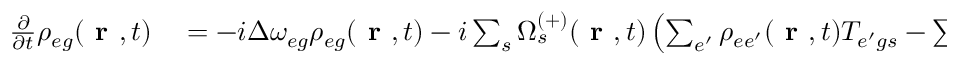
\begin{array} { r l } { \frac { \partial } { \partial t } \rho _ { { e g } } ( \textbf { r } , t ) } & { { } = - i \Delta \omega _ { { e g } } \rho _ { { e g } } ( \textbf { r } , t ) - i \sum _ { s } \Omega _ { s } ^ { ( + ) } ( \textbf { r } , t ) \left( \sum _ { e ^ { \prime } } \rho _ { { e e ^ { \prime } } } ( \textbf { r } , t ) T _ { { e ^ { \prime } g } s } - \sum _ { g ^ { \prime } } T _ { { e g ^ { \prime } } s } \rho _ { { g ^ { \prime } g } } ( \textbf { r } , t ) \right) } \end{array}